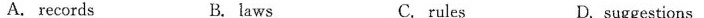
A. records B. laws C.rules D.suggestions